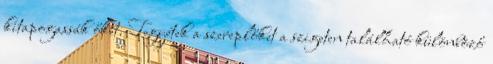
kitapogassák őket. Tegyétek a szereplőket a szigeten található különböző